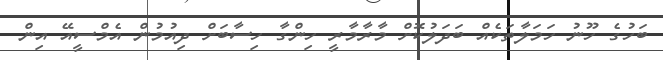
ބަހުގެ ހޫނު ހަމަލާތަކެއް ބަދަލުކޮށް މާރާމާރީ ހިންގާ ހިސާބަށް ދިއުމުން އެމްސީއޭ އިން